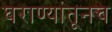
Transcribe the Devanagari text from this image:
घराण्यांतूनच